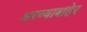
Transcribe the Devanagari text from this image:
अरण्याबाहेर